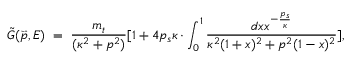
\tilde { G } ( \vec { p } , E ) \; = \; \frac { m _ { t } } { ( \kappa ^ { 2 } + p ^ { 2 } ) } [ 1 + 4 p _ { s } \kappa \cdot \int _ { 0 } ^ { 1 } \frac { d x x ^ { - \frac { p _ { s } } { \kappa } } } { \kappa ^ { 2 } ( 1 + x ) ^ { 2 } + p ^ { 2 } ( 1 - x ) ^ { 2 } } ] ,